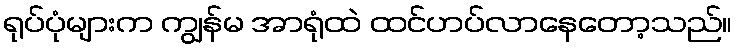
ရုပ်ပုံများက ကျွန်မ အာရုံထဲ ထင်ဟပ်လာနေတော့သည်။